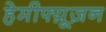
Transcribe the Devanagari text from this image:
हेमीफ्य़ूज़न